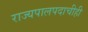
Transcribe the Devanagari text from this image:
राज्यपालपदाचीही